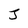
Character: J